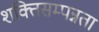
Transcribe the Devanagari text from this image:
शक्तिसम्पन्नता